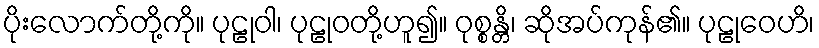
ပိုးလောက်တို့ကို။ ပုဠုဝါ၊ ပုဠုဝတို့ဟူ၍။ ဝုစ္စန္တိ၊ ဆိုအပ်ကုန်၏။ ပုဠုဝေဟိ၊